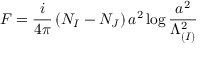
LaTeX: { \cal F } = \frac { i } { 4 \pi } \left( N _ { I } - N _ { J } \right) a ^ { 2 } \log \frac { a ^ { 2 } } { \Lambda _ { ( I ) } ^ { 2 } }